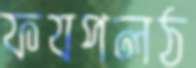
ফযপলঠ